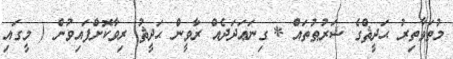
މުތަވާތިރު ޙަދީޘްގެ ޝަރުޠުތައް * ގިނަޢަދަދެއް ރާވީން ޙަދީޘު ރިވާކޮށްފައިވުން ( މީގައި